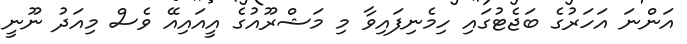
އަންނަ އަހަރުގެ ބަޖެޓުގައި ހިމެނިފައިވާ މި މަޝްރޫއުގެ އީއައިއޭ ވެސް މިއަދު ނޫނީ